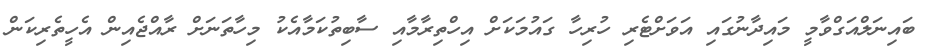
ބައިނަލްއަގްވާމީ މައިދާނުގައި އަވަށްޓެރި ހުރިހާ ގައުމަކަށް އިހްތިރާމާއި ސާބިތުކަމާއެކު މިހާތަނަށް ރާއްޖެއިން އެހީތެރިކަން